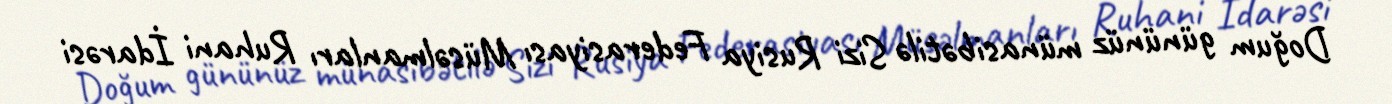
Doğum gününüz münasibətilə Sizi Rusiya Federasiyası Müsəlmanları Ruhani İdarəsi